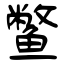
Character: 鳖